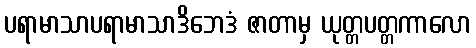
ပရာမာသာပရာမာသာဒိဘေဒံ ဇာတာမှ ယုတ္တပတ္တကာလော